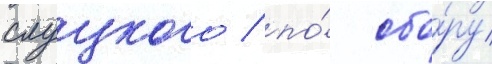
слуцкого / по́ сбо́ру